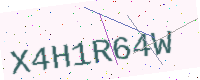
Text: X4H1R64W